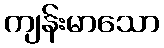
ကျန်းမာသော